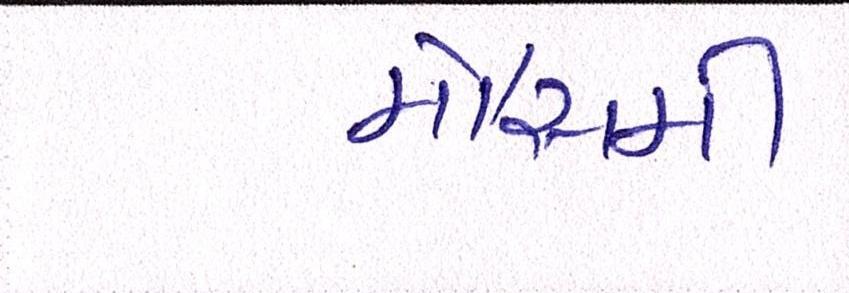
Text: મૌસમી